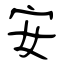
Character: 安